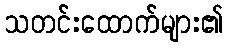
သတင်းထောက်များ၏